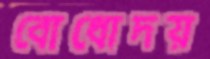
বোধোদয়